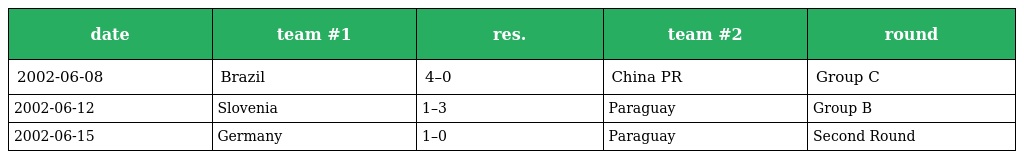
| date | team #1 | res. | team #2 | round |
 | --- | --- | --- | --- | --- |
 | 2002-06-08 | Brazil | 4–0 | China PR | Group C |
 | 2002-06-12 | Slovenia | 1–3 | Paraguay | Group B |
 | 2002-06-15 | Germany | 1–0 | Paraguay | Second Round |